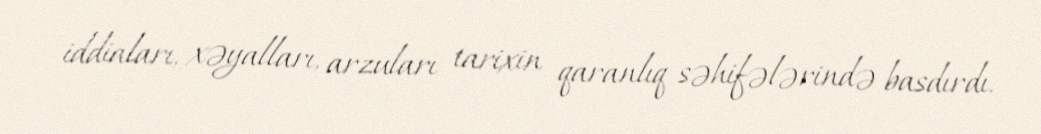
iddiaları, xəyalları, arzuları tarixin qaranlıq səhifələrində basdırdı.